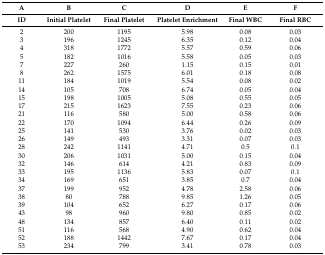
<table><thead><tr><td><b>A</b></td><td><b>B</b></td><td><b>C</b></td><td><b>D</b></td><td><b>E</b></td><td><b>F</b></td></tr><tr><td><b>ID</b></td><td><b>Initial Platelet</b></td><td><b>Final Platelet</b></td><td><b>Platelet Enrichment</b></td><td><b>Final WBC</b></td><td><b>Final RBC</b></td></tr></thead><tbody><tr><td>2</td><td>200</td><td>1195</td><td>5.98</td><td>0.08</td><td>0.03</td></tr><tr><td>3</td><td>196</td><td>1245</td><td>6.35</td><td>0.12</td><td>0.04</td></tr><tr><td>4</td><td>318</td><td>1772</td><td>5.57</td><td>0.59</td><td>0.06</td></tr><tr><td>5</td><td>182</td><td>1016</td><td>5.58</td><td>0.05</td><td>0.03</td></tr><tr><td>7</td><td>227</td><td>260</td><td>1.15</td><td>0.15</td><td>0.01</td></tr><tr><td>8</td><td>262</td><td>1575</td><td>6.01</td><td>0.18</td><td>0.08</td></tr><tr><td>11</td><td>184</td><td>1019</td><td>5.54</td><td>0.08</td><td>0.02</td></tr><tr><td>14</td><td>105</td><td>708</td><td>6.74</td><td>0.05</td><td>0.04</td></tr><tr><td>15</td><td>198</td><td>1005</td><td>5.08</td><td>0.55</td><td>0.05</td></tr><tr><td>17</td><td>215</td><td>1623</td><td>7.55</td><td>0.23</td><td>0.06</td></tr><tr><td>21</td><td>116</td><td>580</td><td>5.00</td><td>0.58</td><td>0.06</td></tr><tr><td>22</td><td>170</td><td>1094</td><td>6.44</td><td>0.26</td><td>0.09</td></tr><tr><td>25</td><td>141</td><td>530</td><td>3.76</td><td>0.02</td><td>0.03</td></tr><tr><td>26</td><td>149</td><td>493</td><td>3.31</td><td>0.07</td><td>0.03</td></tr><tr><td>28</td><td>242</td><td>1141</td><td>4.71</td><td>0.5</td><td>0.1</td></tr><tr><td>30</td><td>206</td><td>1031</td><td>5.00</td><td>0.15</td><td>0.04</td></tr><tr><td>32</td><td>146</td><td>614</td><td>4.21</td><td>0.83</td><td>0.09</td></tr><tr><td>33</td><td>195</td><td>1136</td><td>5.83</td><td>0.07</td><td>0.1</td></tr><tr><td>34</td><td>169</td><td>651</td><td>3.85</td><td>0.7</td><td>0.04</td></tr><tr><td>37</td><td>199</td><td>952</td><td>4.78</td><td>2.58</td><td>0.06</td></tr><tr><td>38</td><td>80</td><td>788</td><td>9.85</td><td>1.26</td><td>0.05</td></tr><tr><td>39</td><td>104</td><td>652</td><td>6.27</td><td>0.17</td><td>0.06</td></tr><tr><td>43</td><td>98</td><td>960</td><td>9.80</td><td>0.85</td><td>0.02</td></tr><tr><td>48</td><td>134</td><td>857</td><td>6.40</td><td>0.11</td><td>0.02</td></tr><tr><td>51</td><td>116</td><td>568</td><td>4.90</td><td>0.62</td><td>0.04</td></tr><tr><td>52</td><td>188</td><td>1442</td><td>7.67</td><td>0.17</td><td>0.04</td></tr><tr><td>53</td><td>234</td><td>799</td><td>3.41</td><td>0.78</td><td>0.03</td></tr></tbody></table>